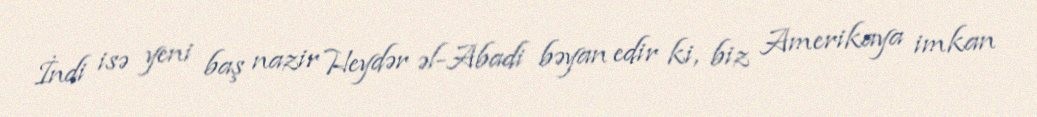
İndi isə yeni baş nazir Heydər əl-Abadi bəyan edir ki, biz Amerikaya imkan